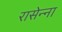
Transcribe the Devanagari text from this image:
रासेन्ना